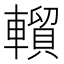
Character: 𰹦